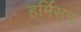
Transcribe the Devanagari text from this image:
हर्मिसन